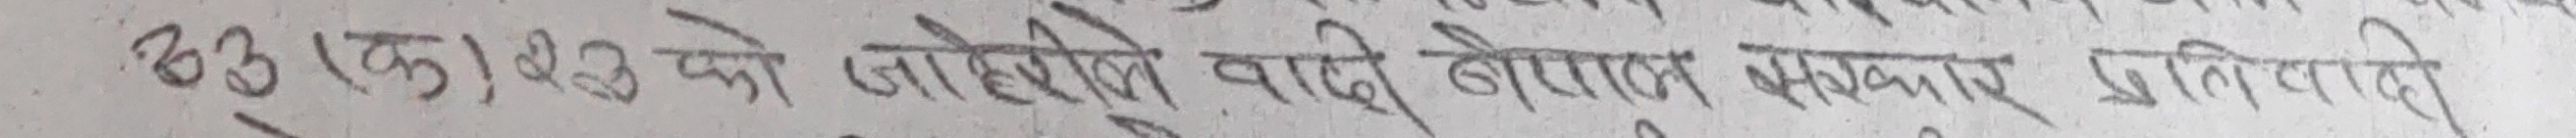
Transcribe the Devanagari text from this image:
२३(क) पो जोहिएर बढेको ब्याप्त भ्रष्टाचार प्रतिवादी